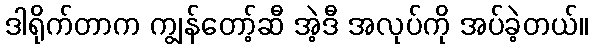
ဒါရိုက်တာက ကျွန်တော့်ဆီ အဲ့ဒီ အလုပ်ကို အပ်ခဲ့တယ်။